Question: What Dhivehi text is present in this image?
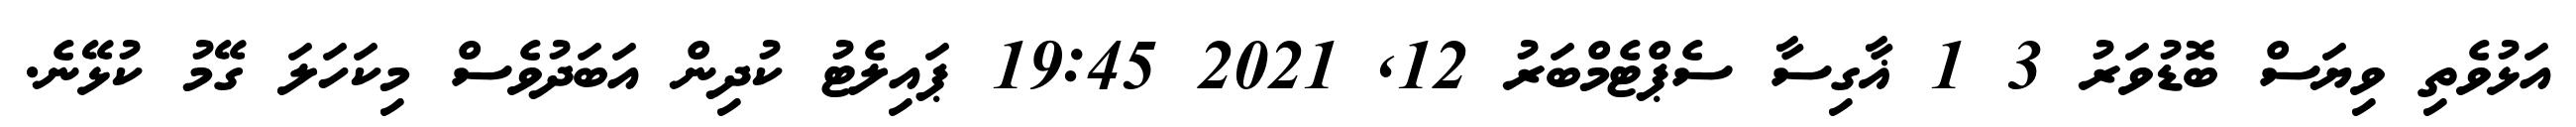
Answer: އަޅުވެތި ވިޔަސް ބޮޑުވަރު 3 1 ޣާގިސާ ސެޕްޓެމްބަރު 12, 2021 19:45 ޕައިލެޓު ކުދިން އަބަދުވެސް މިކަހަލަ ގޭމު ކުޅޭނެ.